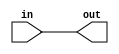
module ALU   ( //Change what do you do verilog file ok i choose incomming change
    out, in
);
    input in;
    output out;

    assign out = in;
    assign out = in;
    
endmodule